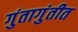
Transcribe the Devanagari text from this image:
गुंतागुंतीत